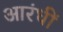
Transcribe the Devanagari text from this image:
आरंधीं